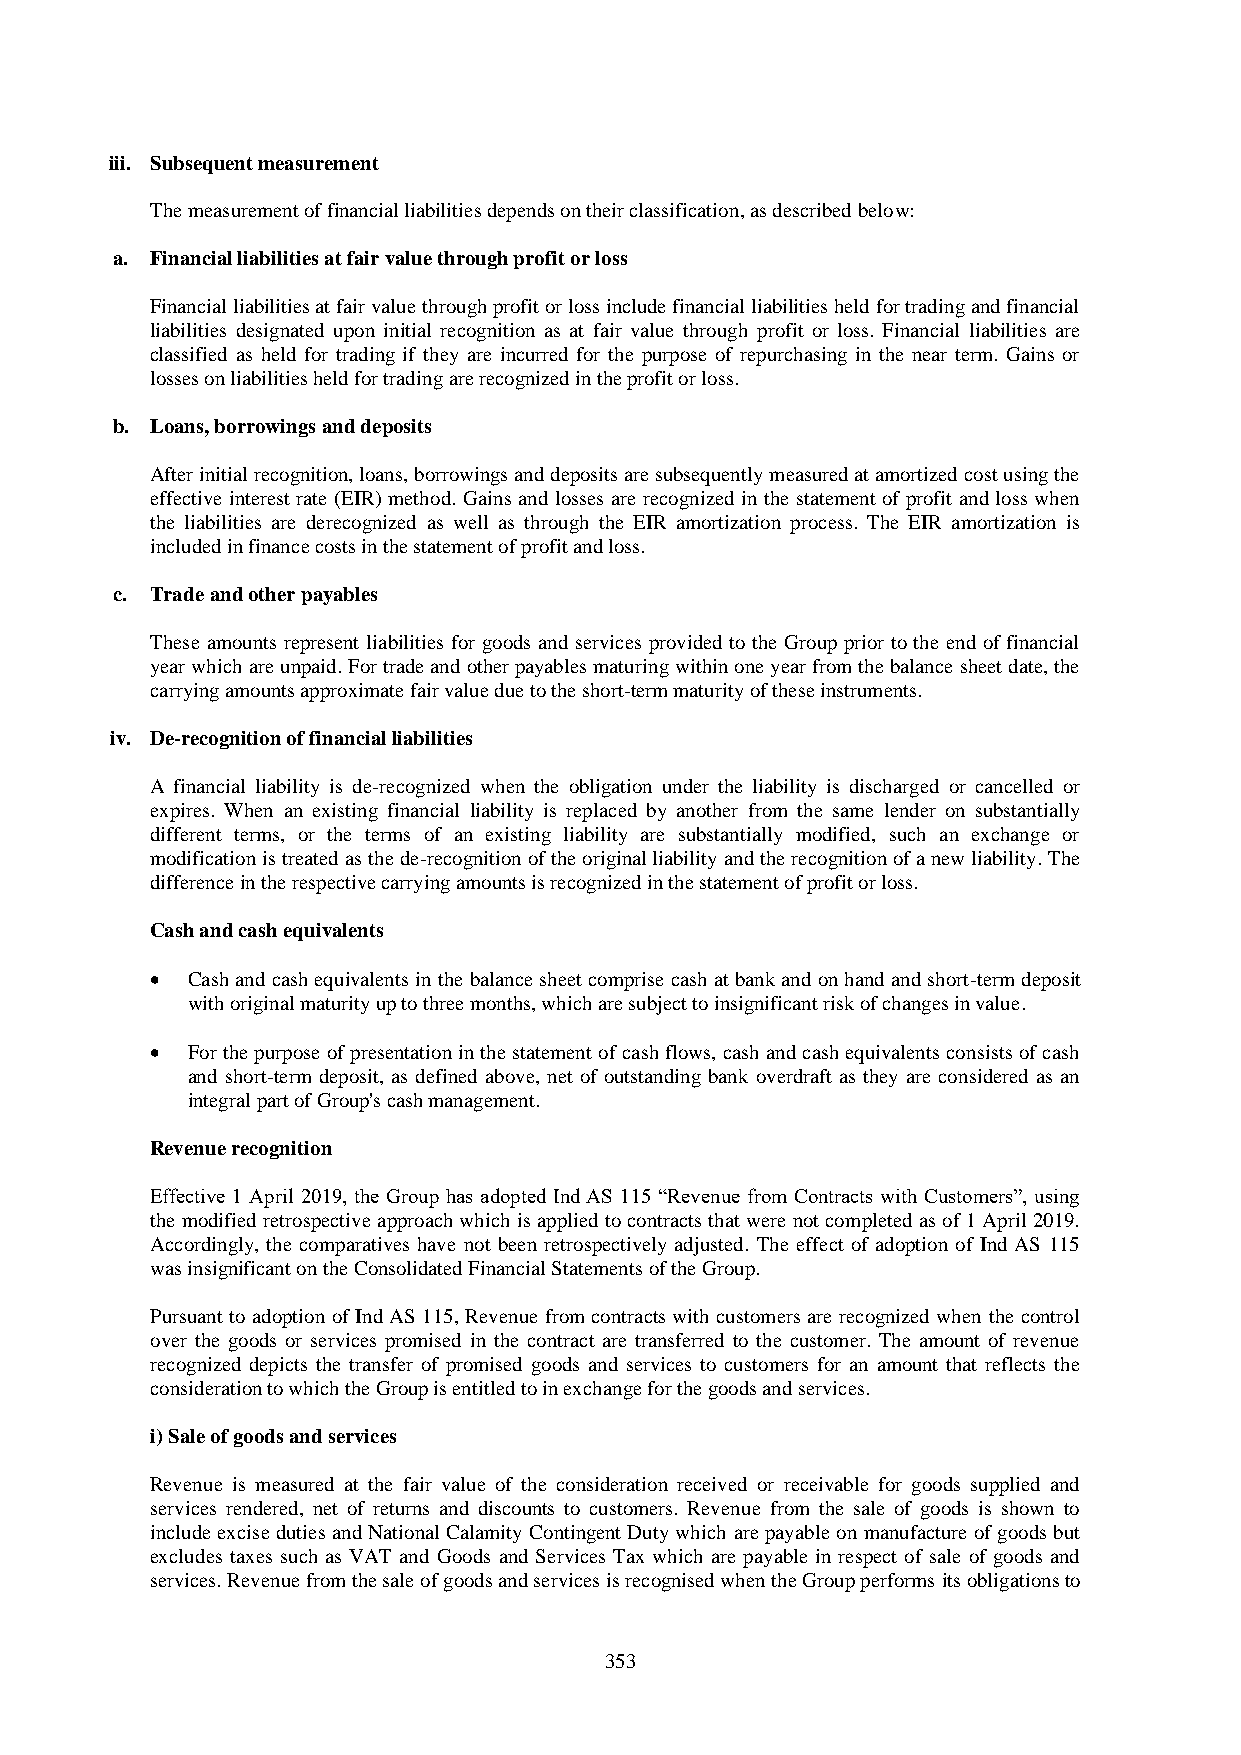
iii. Subsequent measurement
 The measurement of financial liabilities depends on their classification, as described below:
 a. Financial liabilities at fair value through profit or loss
 Financial liabilities at fair value through profit or loss include financial liabilities held for trading and financial
 liabilities designated upon initial recognition as at fair value through profit or loss. Financial liabilities are
 classified as held for trading if they are incurred for the purpose of repurchasing in the near term. Gains or
 losses on liabilities held for trading are recognized in the profit or loss.
 b. Loans, borrowings and deposits
 After initial recognition, loans, borrowings and deposits are subsequently measured at amortized cost using the
 effective interest rate (EIR) method. Gains and losses are recognized in the statement of profit and loss when
 the liabilities are derecognized as well as through the EIR amortization process. The EIR amortization is
 included in finance costs in the statement of profit and loss.
 c. Trade and other payables
 These amounts represent liabilities for goods and services provided to the Group prior to the end of financial
 year which are unpaid. For trade and other payables maturing within one year from the balance sheet date, the
 carrying amounts approximate fair value due to the short-term maturity of these instruments.
 iv. De-recognition of financial liabilities
 A financial liability is de-recognized when the obligation under the liability is discharged or cancelled or
 expires. When an existing financial liability is replaced by another from the same lender on substantially
 different terms, or the terms of an existing liability are substantially modified, such an exchange or
 modification is treated as the de-recognition of the original liability and the recognition of a new liability. The
 difference in the respective carrying amounts is recognized in the statement of profit or loss.
 Cash and cash equivalents
 • Cash and cash equivalents in the balance sheet comprise cash at bank and on hand and short-term deposit
 with original maturity up to three months, which are subject to insignificant risk of changes in value.
 • For the purpose of presentation in the statement of cash flows, cash and cash equivalents consists of cash
 and short-term deposit, as defined above, net of outstanding bank overdraft as they are considered as an
 integral part of Group's cash management.
 Revenue recognition
 Effective 1 April 2019, the Group has adopted Ind AS 115 “Revenue from Contracts with Customers”, using
 the modified retrospective approach which is applied to contracts that were not completed as of 1 April 2019.
 Accordingly, the comparatives have not been retrospectively adjusted. The effect of adoption of Ind AS 115
 was insignificant on the Consolidated Financial Statements of the Group.
 Pursuant to adoption of Ind AS 115, Revenue from contracts with customers are recognized when the control
 over the goods or services promised in the contract are transferred to the customer. The amount of revenue
 recognized depicts the transfer of promised goods and services to customers for an amount that reflects the
 consideration to which the Group is entitled to in exchange for the goods and services.
 i) Sale of goods and services
 Revenue is measured at the fair value of the consideration received or receivable for goods supplied and
 services rendered, net of returns and discounts to customers. Revenue from the sale of goods is shown to
 include excise duties and National Calamity Contingent Duty which are payable on manufacture of goods but
 excludes taxes such as VAT and Goods and Services Tax which are payable in respect of sale of goods and
 services. Revenue from the sale of goods and services is recognised when the Group performs its obligations to
 353